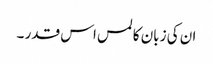
ان کی زبان کا لمس اس قدر ۔